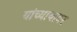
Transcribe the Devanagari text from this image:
यांच्यायावर